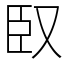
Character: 臤